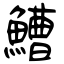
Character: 鰽